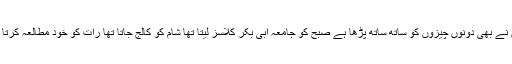
میں نے بھی دونوں چیزوں کو ساتھ ساتھ پڑھا ہے صبح کو جامعہ ابی بکر کلاسز لیتا تھا شام کو کالج جاتا تھا رات کو خود مطالعہ کرتا تھا۔